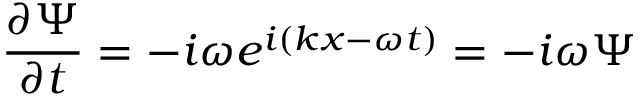
{ \frac { \partial \Psi } { \partial t } } = - i \omega e ^ { i ( k x - \omega t ) } = - i \omega \Psi \,